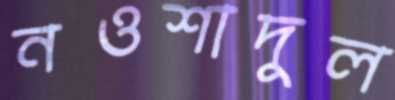
নওশাদুল